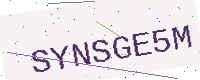
Text: SYNSGE5M